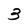
Character: 3